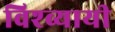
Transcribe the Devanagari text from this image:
विश्व्यायी